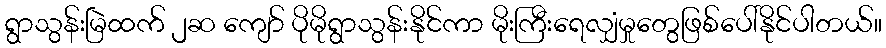
ရွာသွန်းမြဲထက် ၂ဆ ကျော် ပိုမိုရွာသွန်းနိုင်ကာ မိုးကြီးရေလျှံမှုတွေဖြစ်ပေါ်နိုင်ပါတယ်။